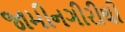
જામીનગીરીથી